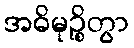
အဓိမုဉ္စိတွာ